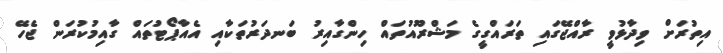
އިތުރަށް ވިދާޅުވީ ރާއްޖޭގައި ތަރައްގީގެ މަޝްރޫއުތައް ހިންގާއިރު ބަނދަރުތަކާއި އެއާޕޯޓުތައް ގާއިމުކުރަން ޖެހޭ